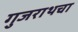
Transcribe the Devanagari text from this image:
गुजराथचा